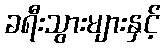
ခရီးသွားများနှင့်